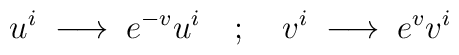
u^i\hskip 3pt\longrightarrow\hskip 3pt e^{-v} u^i\hskip 12pt ;\hskip 12ptv^i\hskip 3pt\longrightarrow\hskip 3pt e^v v^i